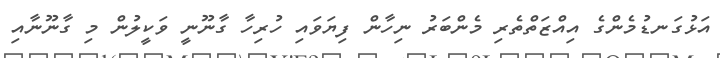
އަޅުގަނޑުމެންގެ އިއްޒަތްތެރި މެންބަރު ނިހާން ފިޔަވައި ހުރިހާ ގާނޫނީ ވަކީލުން މި ގާނޫނާއި